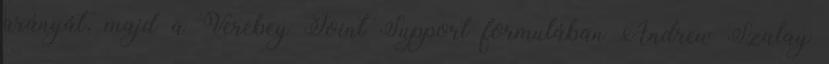
arányát, majd a Verebey Joint Support formulában Andrew Szalay